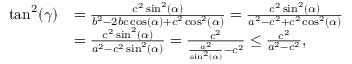
\begin{array} { r l } { \tan ^ { 2 } ( \gamma ) } & { = \frac { c ^ { 2 } \sin ^ { 2 } ( \alpha ) } { b ^ { 2 } - 2 b c \cos ( \alpha ) + c ^ { 2 } \cos ^ { 2 } ( \alpha ) } = \frac { c ^ { 2 } \sin ^ { 2 } ( \alpha ) } { a ^ { 2 } - c ^ { 2 } + c ^ { 2 } \cos ^ { 2 } ( \alpha ) } } \\ & { = \frac { c ^ { 2 } \sin ^ { 2 } ( \alpha ) } { a ^ { 2 } - c ^ { 2 } \sin ^ { 2 } ( \alpha ) } = \frac { c ^ { 2 } } { \frac { a ^ { 2 } } { \sin ^ { 2 } ( \alpha ) } - c ^ { 2 } } \le \frac { c ^ { 2 } } { a ^ { 2 } - c ^ { 2 } } , } \end{array}